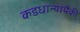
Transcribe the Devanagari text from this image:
कडधान्यांपैकी